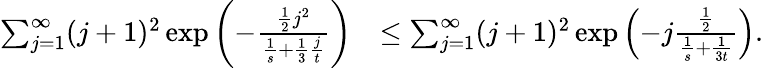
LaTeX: \begin{array}{rl}{\sum_{j=1}^{\infty}(j+1)^{2}\exp\left(-\frac{\frac{1}{2}j^{2}}{\frac{1}{s}+\frac{1}{3}\frac{j}{t}}\right)}&{\leq\sum_{j=1}^{\infty}(j+1)^{2}\exp\left(-j\frac{\frac{1}{2}}{\frac{1}{s}+\frac{1}{3t}}\right).}\end{array}